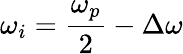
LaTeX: \omega_{i}=\frac{\omega_{p}}{2}-\Delta\omega